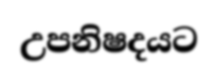
උපනිෂදයට